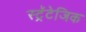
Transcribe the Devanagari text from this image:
स्ट्रॅटेजिक